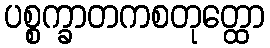
ပစ္စက္ခာတကစတုတ္ထော